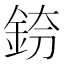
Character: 𨦌